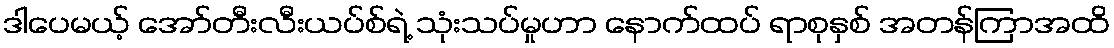
ဒါပေမယ့် အော်တီးလီးယပ်စ်ရဲ့ သုံးသပ်မှုဟာ နောက်ထပ် ရာစုနှစ် အတန်ကြာအထိ